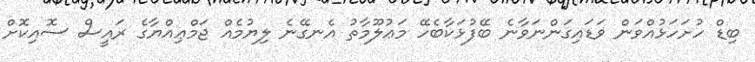
ބިޑް ހުށަހަޅުއްވަން ވަޑައިގަންނަވާނެ ބޭފުޅަކާބެހޭ މަޢުލޫމާތު އެނގޭނެ ލިޔުމެއް ޖަމްޢިއްޔާގެ ރައީސް ސޮއިކޮށް